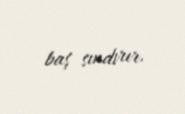
baş sındırır.